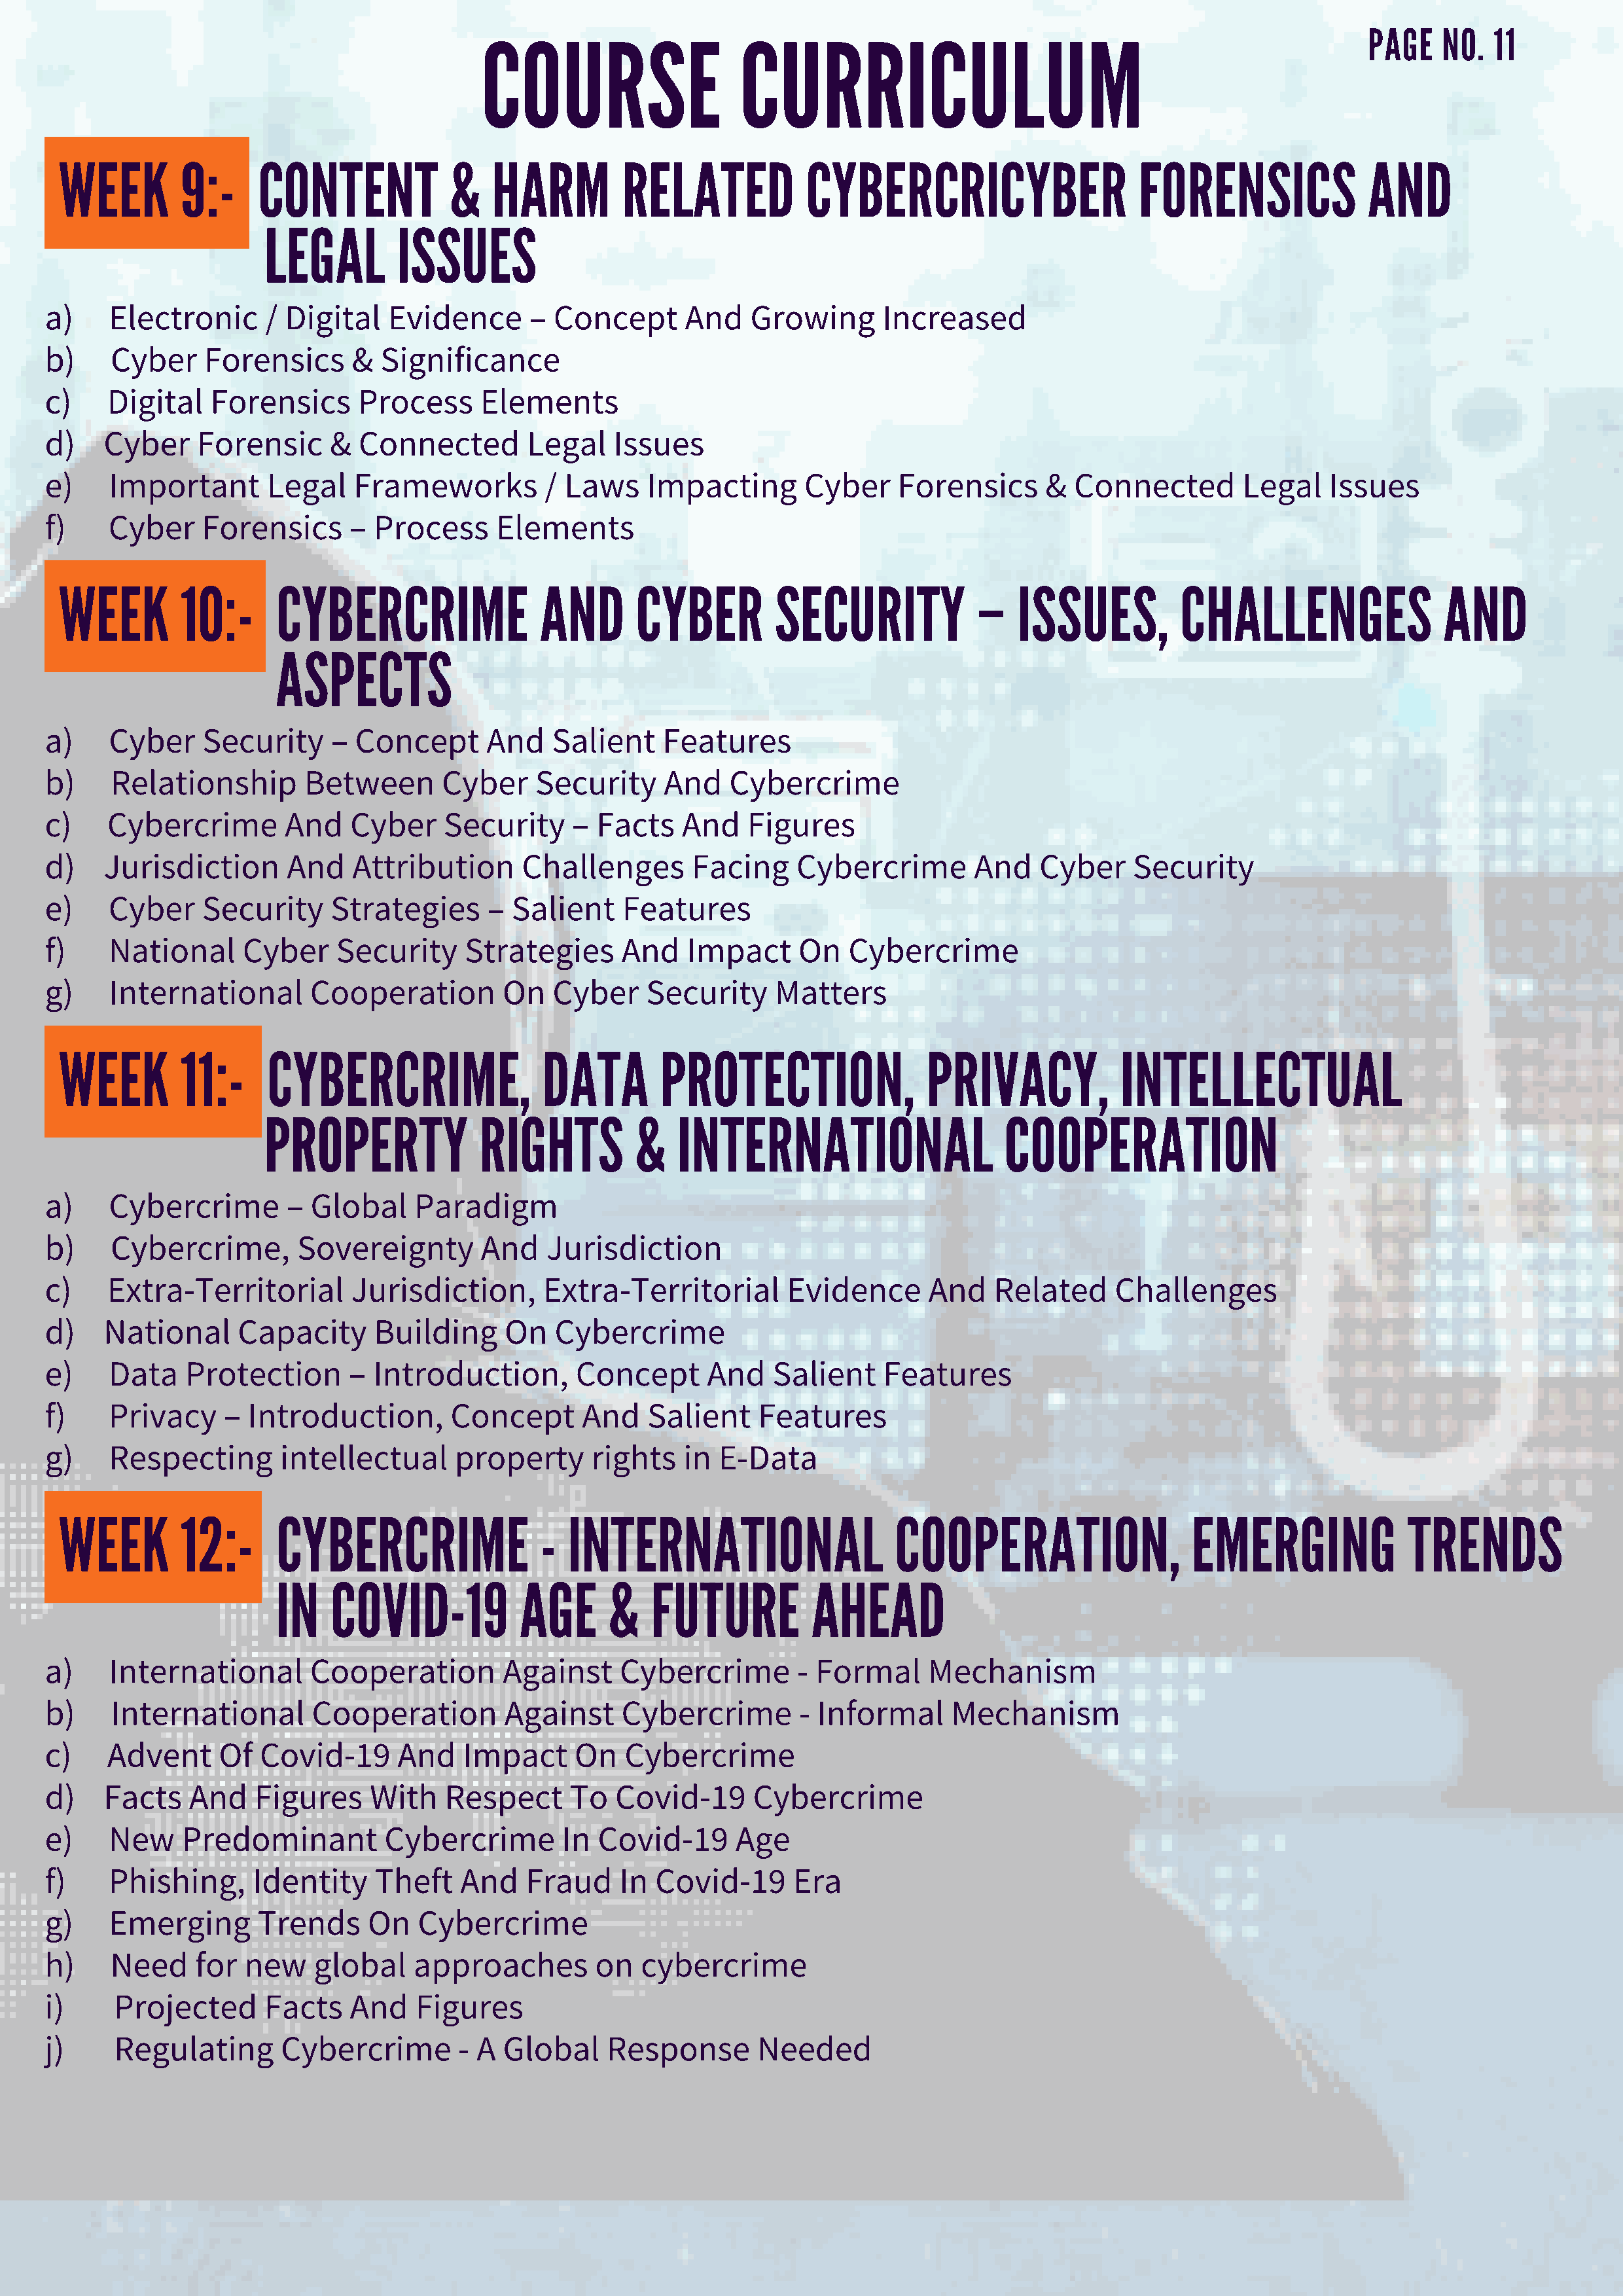
COURSE                    CURRICULUM
 PAGE    NO.  11
 WEEK        9:-     CONTENT            &    HARM         RELATED            CYBERCRICYBER                    FORENSICS              AND
 LEGAL        ISSUES
 a)    Electronic      / Digital   Evidence       – Concept      And    Growing      Increased
 b)    Cyber     Forensics      & Significance
 c)    Digital   Forensics      Process      Elements
 d)   Cyber     Forensic     &  Connected        Legal    Issues
 e)    Important       Legal    Frameworks         / Laws    Impacting       Cyber     Forensics      &  Connected        Legal   Issues
 f)    Cyber    Forensics      –  Process     Elements
 WEEK        10:-      CYBERCRIME                 AND      CYBER         SECURITY             –   ISSUES,         CHALLENGES                 AND
 ASPECTS
 a)    Cyber    Security     –  Concept      And    Salient    Features
 b)    Relationship        Between       Cyber    Security     And    Cybercrime
 c)    Cybercrime        And   Cyber     Security     – Facts    And    Figures
 d)   Jurisdiction       And    Attribution      Challenges       Facing     Cybercrime        And   Cyber     Security
 e)    Cyber    Security     Strategies      –  Salient    Features
 f)    National      Cyber    Security     Strategies      And   Impact      On   Cybercrime
 g)    International       Cooperation         On   Cyber    Security     Matters
 WEEK        11:-     CYBERCRIME,                 DATA        PROTECTION,                PRIVACY,           INTELLECTUAL
 PROPERTY             RIGHTS          &    INTERNATIONAL                    COOPERATION
 a)    Cybercrime        – Global     Paradigm
 b)    Cybercrime,        Sovereignty        And   Jurisdiction
 c)    Extra-Territorial        Jurisdiction,      Extra-Territorial        Evidence      And    Related     Challenges
 d)   National      Capacity      Building     On   Cybercrime
 e)    Data    Protection      –  Introduction,       Concept       And   Salient    Features
 f)    Privacy     – Introduction,        Concept      And   Salient     Features
 g)    Respecting       intellectual      property      rights   in  E-Data
 WEEK        12:-      CYBERCRIME                 - INTERNATIONAL                    COOPERATION,                   EMERGING             TRENDS
 IN   COVID-19            AGE      &   FUTURE          AHEAD
 a)    International       Cooperation         Against     Cybercrime        - Formal     Mechanism
 b)    International        Cooperation        Against     Cybercrime        - Informal     Mechanism
 c)    Advent     Of  Covid-19      And    Impact     On   Cybercrime
 d)   Facts    And    Figures    With    Respect      To  Covid-19      Cybercrime
 e)    New    Predominant          Cybercrime        In Covid-19      Age
 f)    Phishing,      Identity    Theft    And   Fraud     In Covid-19      Era
 g)    Emerging       Trends     On   Cybercrime
 h)    Need     for  new    global    approaches        on   cybercrime
 i)     Projected      Facts   And    Figures
 j)     Regulating      Cybercrime        - A  Global    Response        Needed